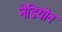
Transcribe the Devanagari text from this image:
नेडियोन